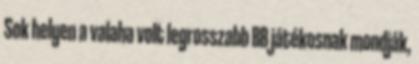
Sok helyen a valaha volt legrosszabb BB játékosnak mondják,